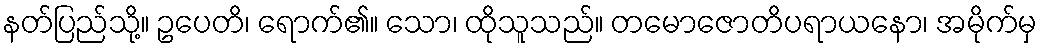
နတ်ပြည်သို့။ ဥပေတိ၊ ရောက်၏။ သော၊ ထိုသူသည်။ တမောဇောတိပရာယနော၊ အမိုက်မှ